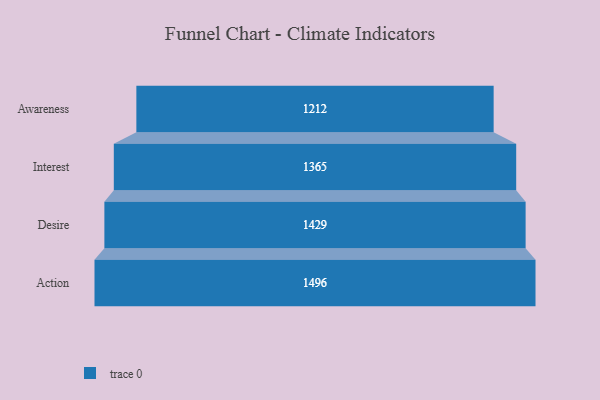
{"axis": {"x": "Stage", "y": "Value"}, "legend": [""], "data": [{"x": "Awareness", "y": 1212.0, "type": ""}, {"x": "Interest", "y": 1365.0, "type": ""}, {"x": "Desire", "y": 1429.0, "type": ""}, {"x": "Action", "y": 1496.0, "type": ""}]}